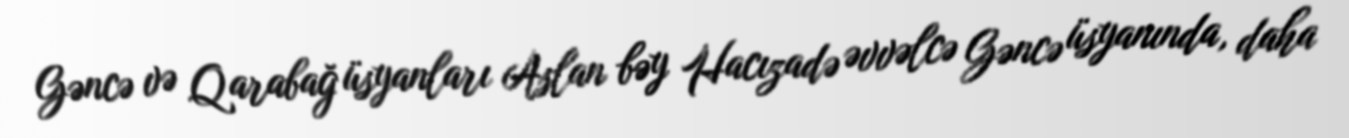
Gəncə və Qarabağ üsyanları Aslan bəy Hacızadə əvvəlcə Gəncə üsyanında, daha